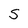
Character: S